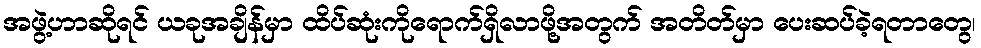
အဖွဲ့ဟာဆိုရင် ယခုအချိန်မှာ ထိပ်ဆုံးကိုရောက်ရှိလာဖို့အတွက် အတိတ်မှာ ပေးဆပ်ခဲ့ရတာတွေ၊